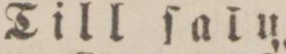
Till ſalu.